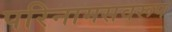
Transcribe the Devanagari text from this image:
परिनामसवरूप